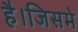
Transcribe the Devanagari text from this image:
है।जिसमे